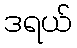
ဒရယ်